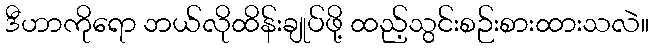
ဒီဟာကိုရော ဘယ်လိုထိန်းချုပ်ဖို့ ထည့်သွင်းစဉ်းစားထားသလဲ။